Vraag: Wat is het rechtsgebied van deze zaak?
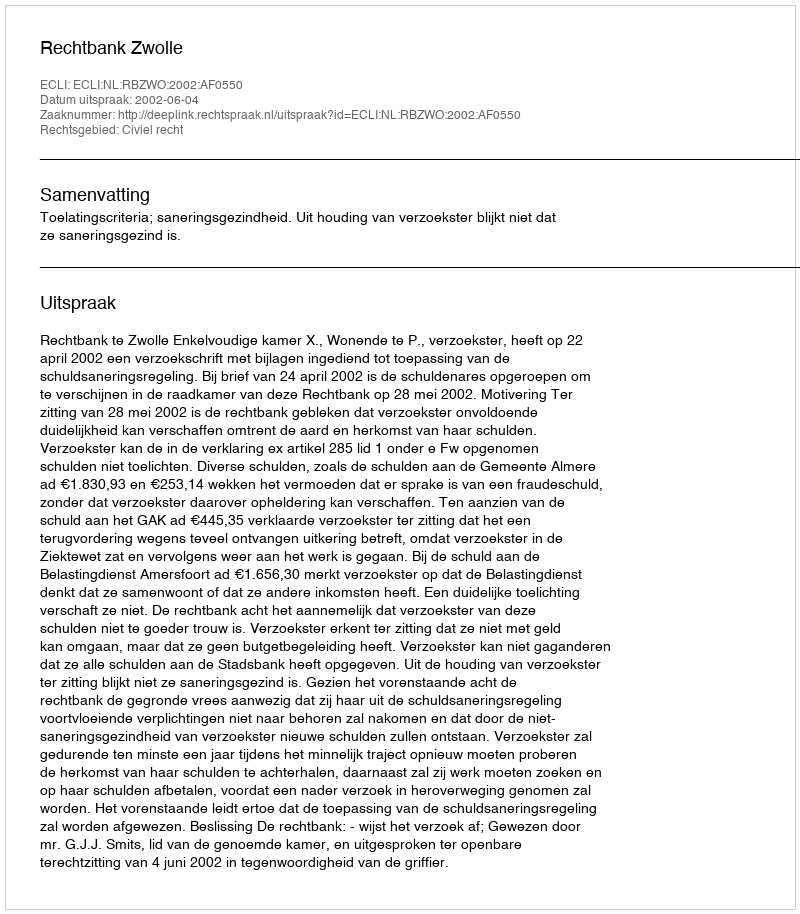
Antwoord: Civiel recht